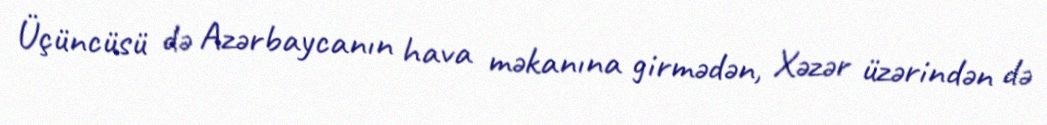
Üçüncüsü də Azərbaycanın hava məkanına girmədən, Xəzər üzərindən də